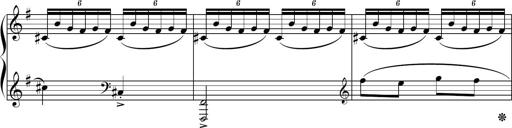
Title: Sonatine basque
Composer: Louis Sauter